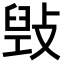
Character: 𢾌